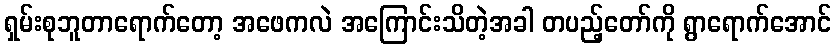
ရှမ်းစုဘူတာရောက်တော့ အဖေကလဲ အကြောင်းသိတဲ့အခါ တပည့်တော်ကို ရွာရောက်အောင်